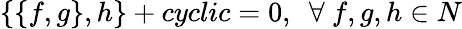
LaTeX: \left\{ \left\{ f,g\right\} ,h\right\} +cyclic=0,~~\forall~f,g,h\in N